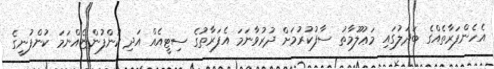
އެހެންފަރާތެއްގެ ބަދަލުގައި މަޢުލޫމާތު ސާފުކުރުމަށް ދުރުވާނަމަ އެފަރާތުގެ ސިޓީއެއް އަދި ކުންފުންޏެއްނަމަ ކުންފުނީގެ